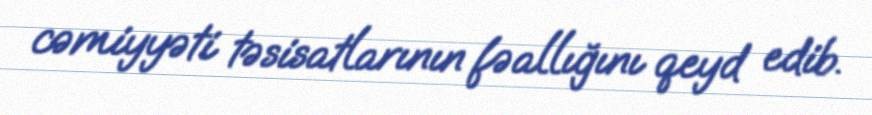
cəmiyyəti təsisatlarının fəallığını qeyd edib.